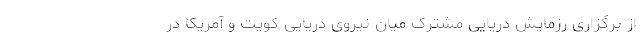
از برگزاری رزمایش دریایی مشترک میان نیروی دریایی کویت و آمریکا در